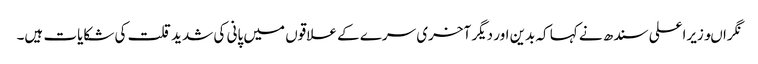
نگراںوزیراعلی سندھ نے کہا کہ بدین اور دیگر آخری سرے کے علاقوں میں پانی کی شدید قلت کی شکایات ہیں۔